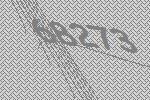
68273